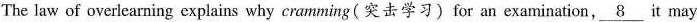
The law of overlearning explains why cramming(突击学习)for an examination, \underline{8} it may